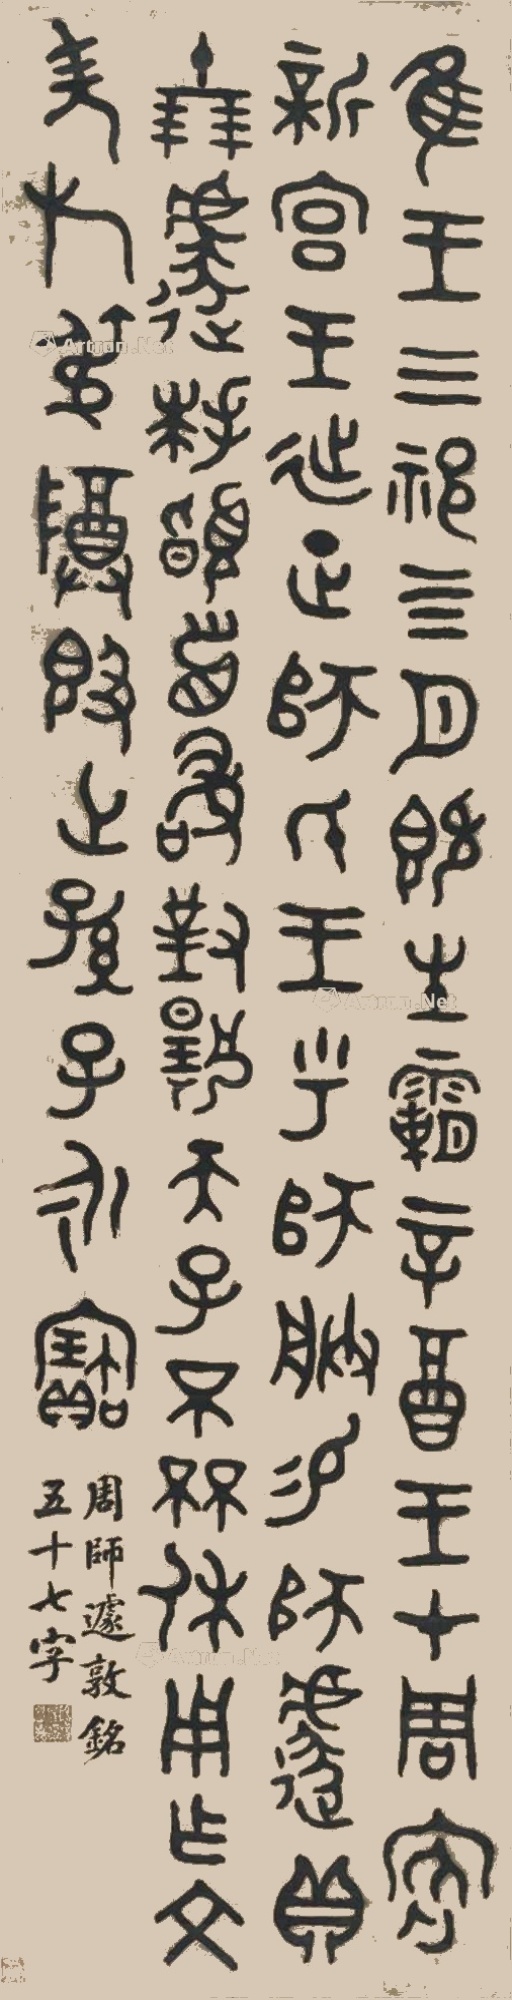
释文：隹王三祀四月，既生霸辛酉，王在周，客新宫。王延正师氏。王乎师朕赐师遽贝十朋。遽拜首，敢对扬天子不休，用作文考旄叔尊簋。世孙子永宝。周师遽敦铭。五十七字。